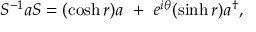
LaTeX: S ^ { - 1 } a S = ( \cosh r ) a ~ + ~ e ^ { i \theta } ( \sinh r ) a ^ { \dagger } ,